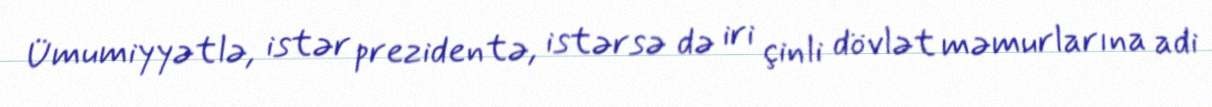
Ümumiyyətlə, istər prezidentə, istərsə də iri çinli dövlət məmurlarına adi